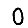
Digit: 0